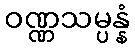
ဝဏ္ဏသမ္ပန္နံ